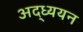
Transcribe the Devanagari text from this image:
अद्ध्ययन